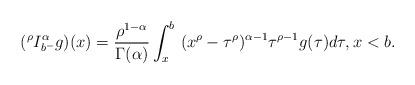
LaTeX: \begin{align*}(^{\rho}I^{\alpha}_{b^-}g)(x)=\dfrac{\rho^{1-\alpha}}{\Gamma (\alpha)}\int_{x}^{b}\ (x^{\rho}-\tau^{\rho})^{\alpha-1} \tau^{\rho-1}g(\tau)d\tau,x<b.\end{align*}